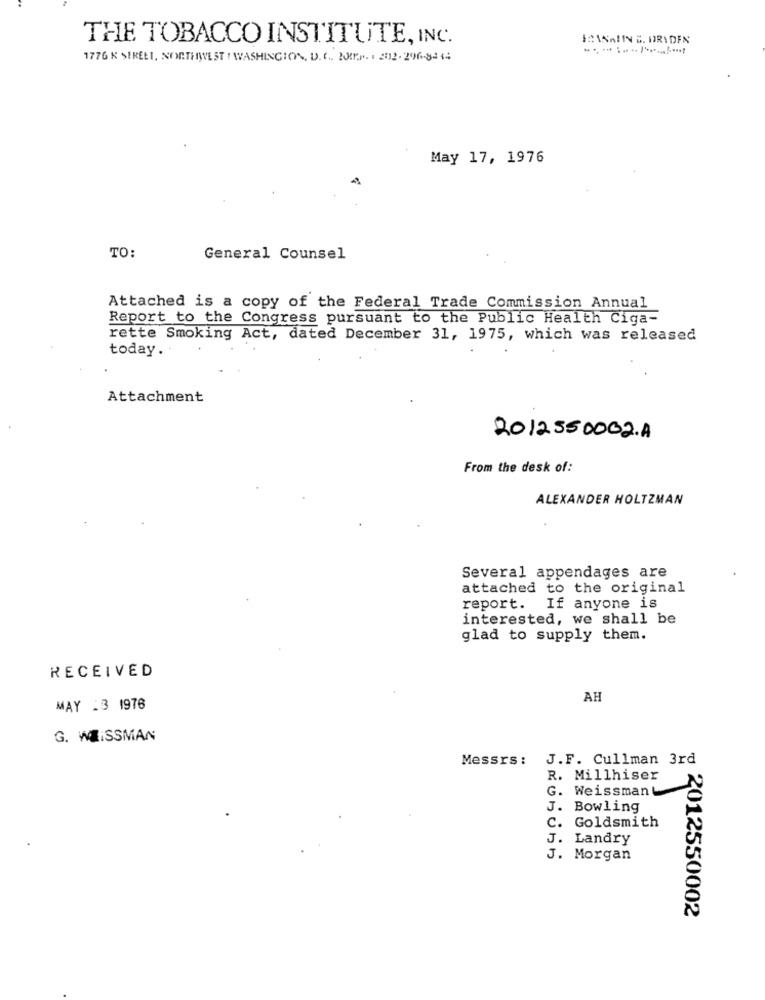
THE TOBACCO INSTITUTE, INC.
HANAINNS. DRYDEN
1776 & SIRELI, NORTHWEST WASHINGTON, D. C .. 2018 ... . 2012.296-8-14
May 17, 1976
TO:
General Counsel
Attached is a copy of the Federal Trade Commission Annual
Report to the Congress pursuant to the Public Health Ciga-
rette Smoking Act, dated December 31, 1975, which was released
today ..
Attachment
2012550002.A
From the desk of:
ALEXANDER HOLTZMAN
Several appendages are
attached to the original
report. If anyone is
interested, we shall be
glad to supply them.
RECEIVED
AH
MAY :3 1976
G. WEISSMAN
Messrs :
J.F. Cullman 3rd
R. Millhiser
G. Weissman
J.
Bowling
Goldsmith
c.
J. Landry
J. Morgan
2012550002